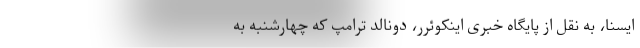
ایسنا، به نقل از پایگاه خبری اینکوئرر، دونالد ترامپ که چهارشنبه به